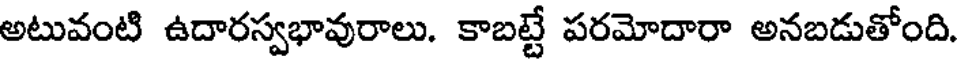
అటువంటి ఉదారస్వభావురాలు. కాబట్టే పరమోదారా అనబడుతోంది.